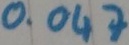
Text: 0.047